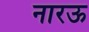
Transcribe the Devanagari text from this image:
नारऊ